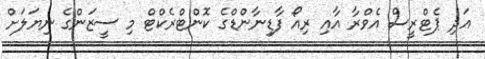
އަދި ޕެޓްރީސް އެވްރާ އާއި ރިއޯ ފާޑިނާންޑްގެ ކޮންޓްރެކްޓް މި ސީޒަންގެ ނިޔަލަށް